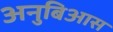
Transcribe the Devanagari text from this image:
अनुबिआस